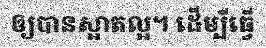
ឲ្យបានស្អាតល្អ។ ដើម្បីធ្វើ